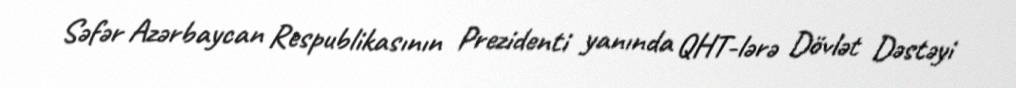
Səfər Azərbaycan Respublikasının Prezidenti yanında QHT-lərə Dövlət Dəstəyi